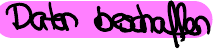
Daten beschaffen